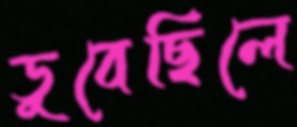
ডুবেছিলে